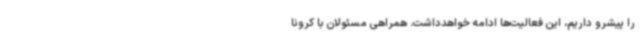
را پیشرو داریم، این فعالیت‌ها ادامه خواهدداشت. همراهی مسئولان با کرونا